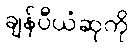
ချန်ပီယံဆုကို